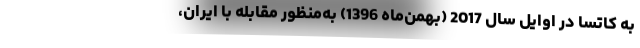
به کاتسا در اوایل سال 2017 (بهمن‌ماه 1396) به‌منظور مقابله با ایران،